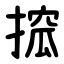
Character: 搲